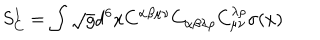
LaTeX: S _ { C } ^ { 1 } = \int \sqrt { g } d ^ { 6 } x C ^ { \alpha \beta \mu \nu } C _ { \alpha \beta \lambda \rho } C _ { \mu \nu } ^ { \lambda \rho } \sigma ( x )